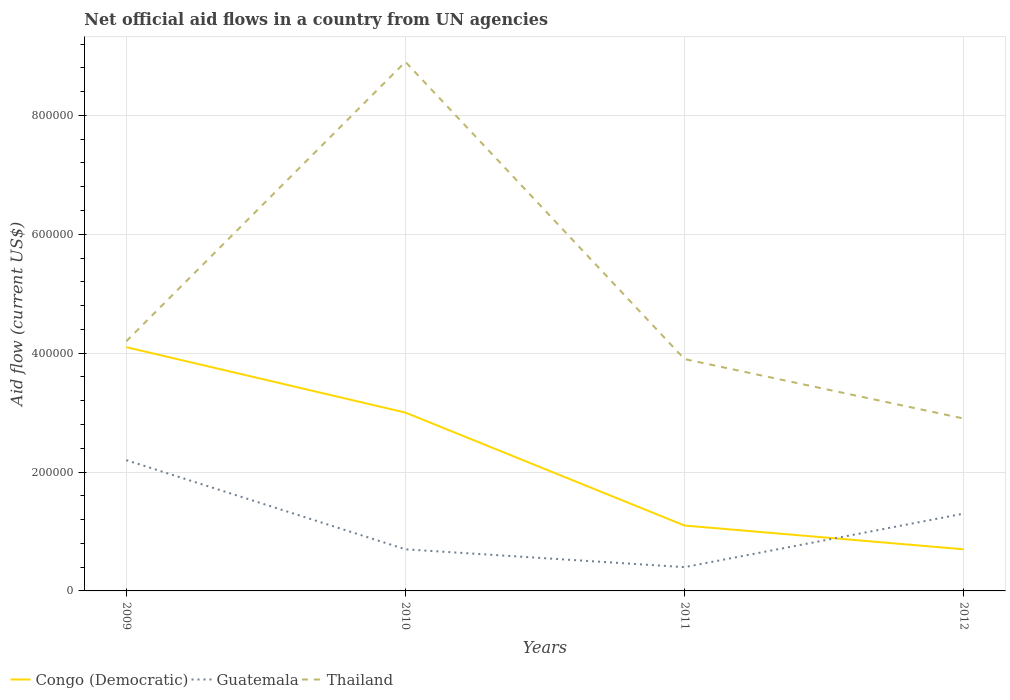
| Years | Congo (Democratic) | Guatemala | Thailand |
 | --- | --- | --- | --- |
 | 2009 | 4.1e+05 | 2.2e+05 | 4.2e+05 |
 | 2010 | 3e+05 | 7e+04 | 8.9e+05 |
 | 2011 | 1.1e+05 | 4e+04 | 3.9e+05 |
 | 2012 | 7e+04 | 1.3e+05 | 2.9e+05 |